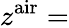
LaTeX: z^{\mathrm{air}}=